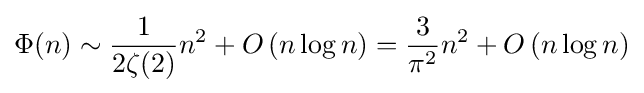
\Phi (n)\sim {\frac {1}{2\zeta (2)}}n^{2}+O\left(n\log n\right)={\frac {3}{\pi ^{2}}}n^{2}+O\left(n\log n\right)